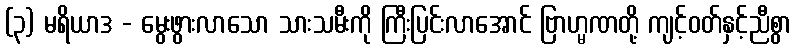
(၃) မရိယာဒ - မွေးဖွားလာသော သားသမီးကို ကြီးပြင်းလာအောင် ဗြာဟ္မဏတို့ ကျင့်ဝတ်နှင့်ညီစွာ